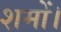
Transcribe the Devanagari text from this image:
शमों।